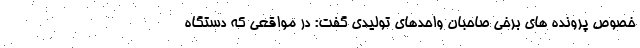
خصوص پرونده های برخی صاحبان واحدهای تولیدی گفت: در مواقعی که دستگاه